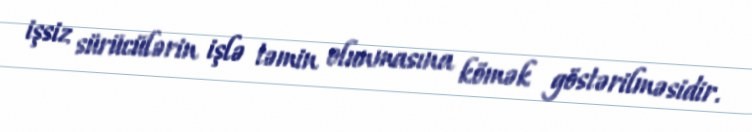
işsiz sürücülərin işlə təmin olunmasına kömək göstərilməsidir.